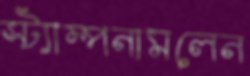
স্ট্যাম্পনামলেন